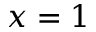
x = 1